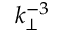
k _ { \perp } ^ { - 3 }